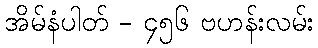
အိမ်နံပါတ် - ၄၅၆ ဗဟန်းလမ်း